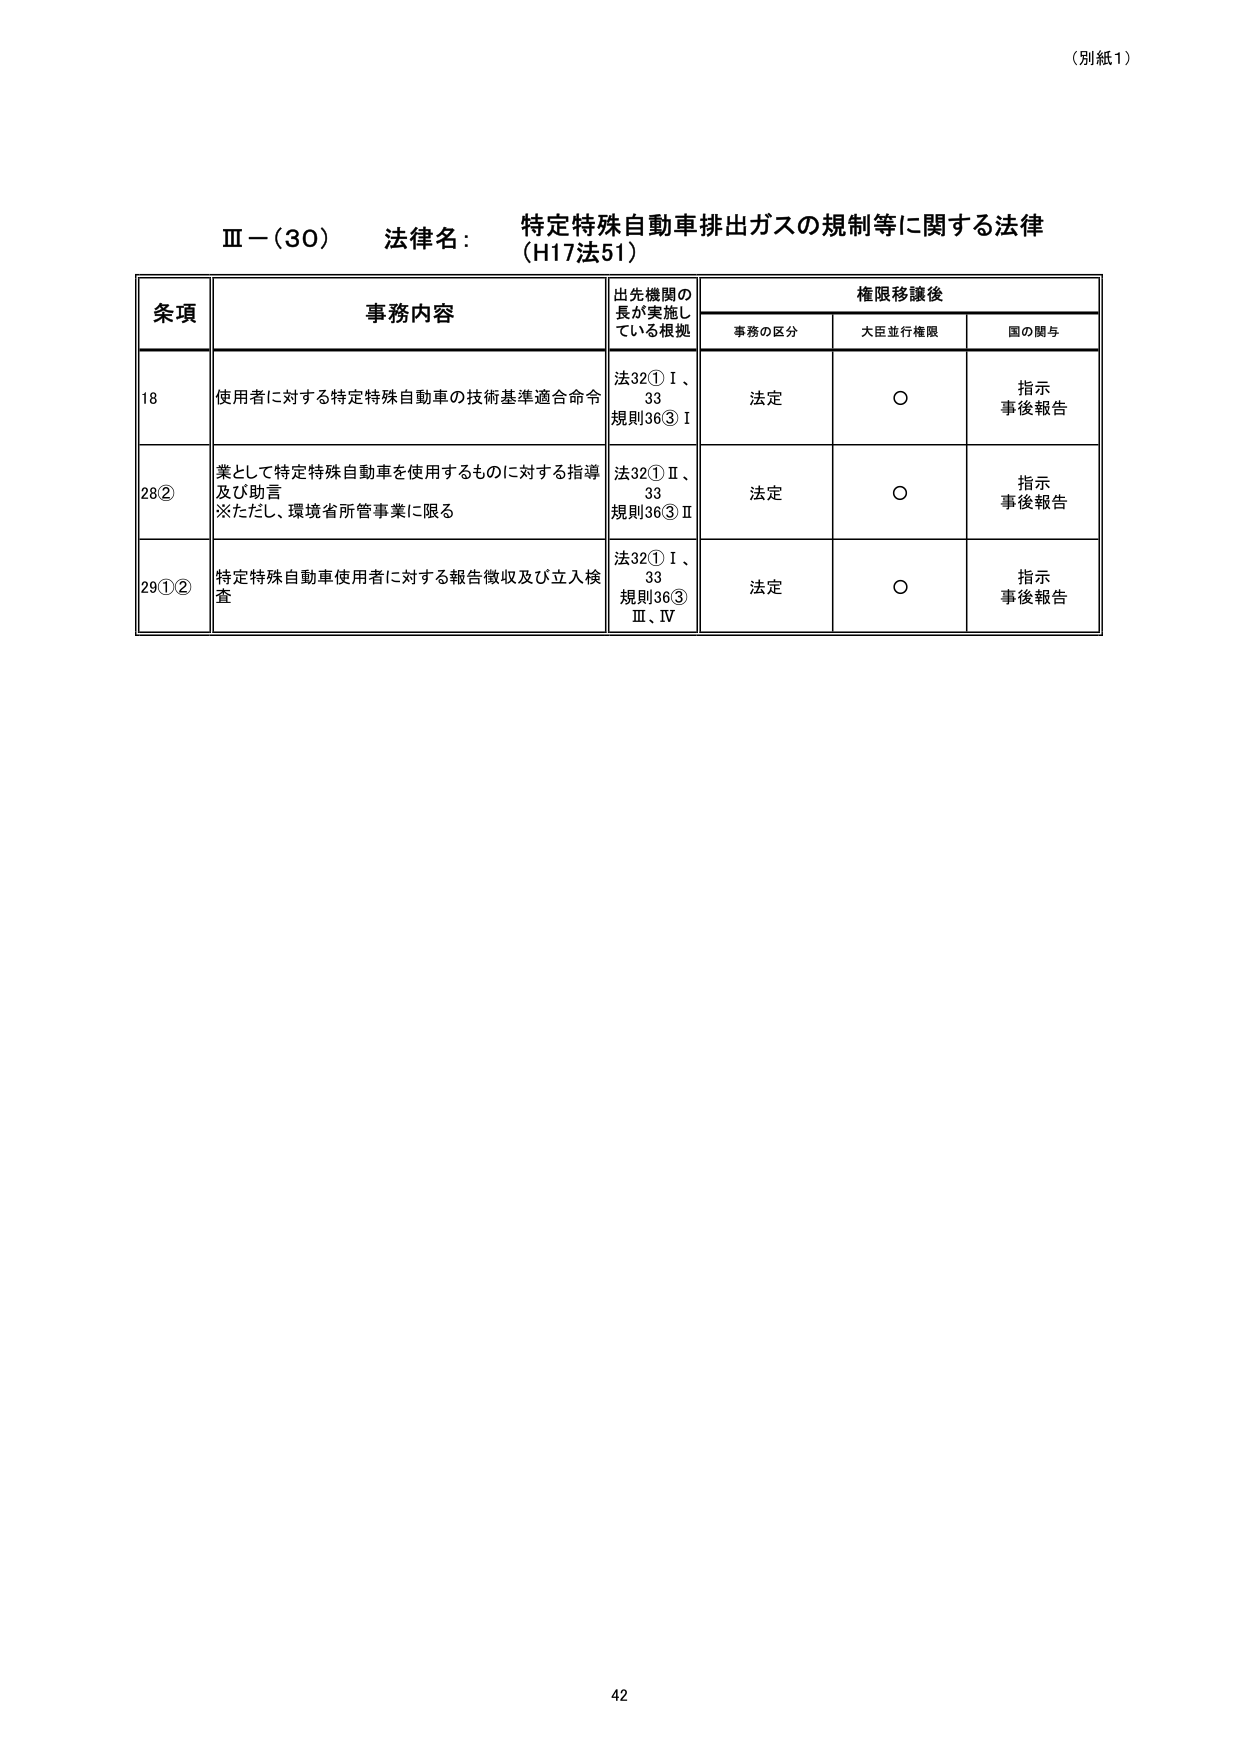
（別紙1）

Ⅲ－（30） 法律名： 特定特殊自動車排出ガスの規制等に関する法律
（H17法51）

条項 事務内容 出先機関の長が実施している根拠 権限移譲後